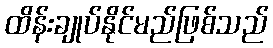
ထိန်းချုပ်နိုင်မည်ဖြစ်သည်